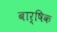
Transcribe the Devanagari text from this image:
बार्षिक